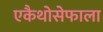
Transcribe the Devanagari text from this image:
एकैथोसेफाला